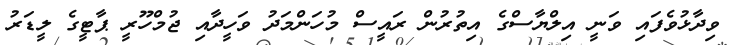
ވިދާޅުވެފައި ވަނީ އިލްޔާސްގެ އިތުރުން ރައީސް މުހަންމަދު ވަހީދާއި ޖުމްހޫރީ ޕާޓީގެ ލީޑަރު